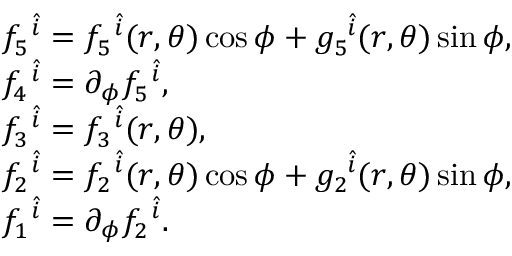
\begin{array} { r } { \begin{array} { r l } & { f _ { 5 } ^ { ~ \hat { i } } = f _ { 5 } ^ { ~ \hat { i } } ( r , \theta ) \cos \phi + g _ { 5 } ^ { ~ \hat { i } } ( r , \theta ) \sin \phi , } \\ & { f _ { 4 } ^ { ~ \hat { i } } = \partial _ { \phi } f _ { 5 } ^ { ~ \hat { i } } , } \\ & { f _ { 3 } ^ { ~ \hat { i } } = f _ { 3 } ^ { ~ \hat { i } } ( r , \theta ) , } \\ & { f _ { 2 } ^ { ~ \hat { i } } = f _ { 2 } ^ { ~ \hat { i } } ( r , \theta ) \cos \phi + g _ { 2 } ^ { ~ \hat { i } } ( r , \theta ) \sin \phi , } \\ & { f _ { 1 } ^ { ~ \hat { i } } = \partial _ { \phi } f _ { 2 } ^ { ~ \hat { i } } . } \end{array} } \end{array}